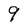
Character: 9